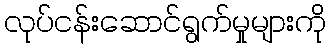
လုပ်ငန်းဆောင်ရွက်မှုများကို